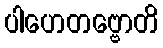
ပါဟေတဗ္ဗောတိ